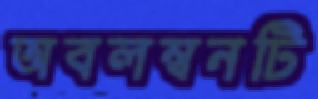
অবলম্বনটি